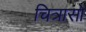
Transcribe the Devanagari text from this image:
चित्रासो